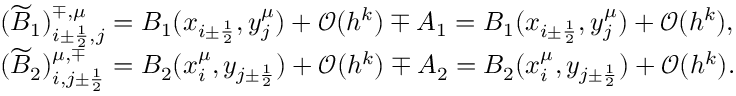
\begin{array} { r l } & { ( \widetilde B _ { 1 } ) _ { i \pm \frac { 1 } { 2 } , j } ^ { \mp , \mu } = B _ { 1 } ( x _ { i \pm \frac { 1 } { 2 } } , y _ { j } ^ { \mu } ) + { \mathcal O } ( h ^ { k } ) \mp A _ { 1 } = B _ { 1 } ( x _ { i \pm \frac { 1 } { 2 } } , y _ { j } ^ { \mu } ) + { \mathcal O } ( h ^ { k } ) , } \\ & { ( \widetilde B _ { 2 } ) _ { i , j \pm \frac { 1 } { 2 } } ^ { \mu , \mp } = B _ { 2 } ( x _ { i } ^ { \mu } , y _ { j \pm \frac { 1 } { 2 } } ) + { \mathcal O } ( h ^ { k } ) \mp A _ { 2 } = B _ { 2 } ( x _ { i } ^ { \mu } , y _ { j \pm \frac { 1 } { 2 } } ) + { \mathcal O } ( h ^ { k } ) . } \end{array}